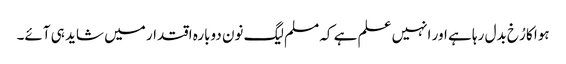
ہوا کا رُخ بدل رہا ہے اور انہیں علم ہے کہ مسلم لیگ نون دوبارہ اقتدار میں شاید ہی آئے۔